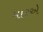
મારૂએ